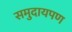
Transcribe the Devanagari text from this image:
समुदायपण